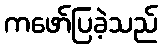
ကဖော်ပြခဲ့သည်